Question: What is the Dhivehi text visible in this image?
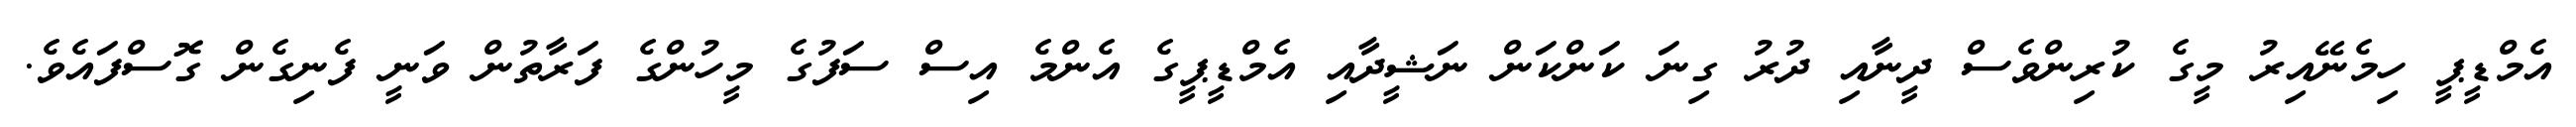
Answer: އެމްޑީޕީ ހިމެނޭއިރު މީގެ ކުރިންވެސް ދީނާއި ދުރު ގިނަ ކަންކަން ނަޝީދާއި އެމްޑީޕީގެ އެންމެ އިސް ސަފުގެ މީހުންގެ ފަރާތުން ވަނީ ފެނިގެން ގޮސްފައެވެ.